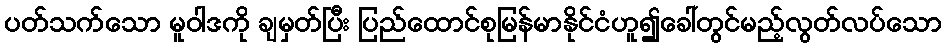
ပတ်သက်သော မူဝါဒကို ချမှတ်ပြီး ပြည်ထောင်စုမြန်မာနိုင်ငံဟူ၍ခေါ်တွင်မည့်လွတ်လပ်သော